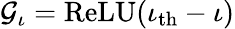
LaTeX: \mathcal{G}_{\iota}=\mathrm{ReLU}(\iota_{\mathrm{th}}-\iota)